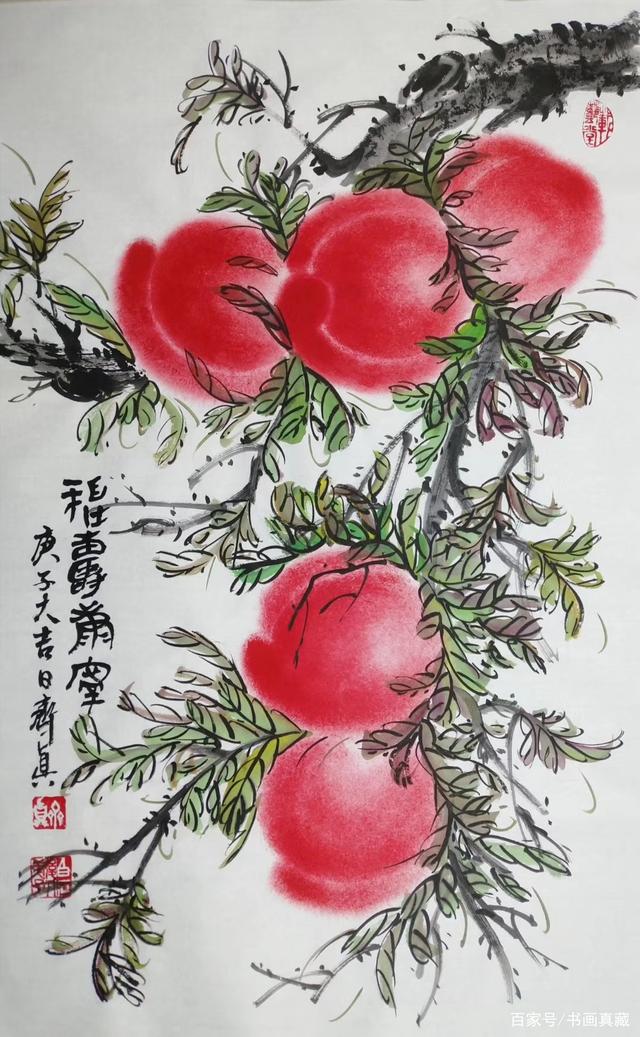
今日独来香径里，更无人迹有苔钱。